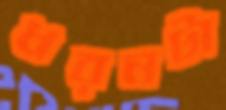
ধরনটা